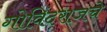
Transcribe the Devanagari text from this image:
गोविंदराजचे